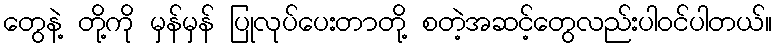
တွေနဲ့ တို့ကို မှန်မှန် ပြုလုပ်ပေးတာတို့ စတဲ့အဆင့်တွေလည်းပါဝင်ပါတယ်။